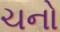
ચનો